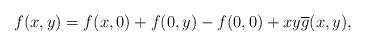
LaTeX: \begin{align*} f(x,y)=f(x,0)+f(0,y)-f(0,0)+xy\overline{g}(x,y), \end{align*}